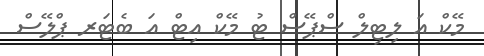
މޭކް އަ ލިޓިލް ސްޕޭސް ޓު މޭކް އިޓް އަ ބެޓަރ ޕްލޭސް